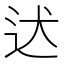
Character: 迖